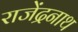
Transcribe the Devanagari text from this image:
राजेंद्रनाथ